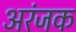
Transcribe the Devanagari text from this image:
अरंजक